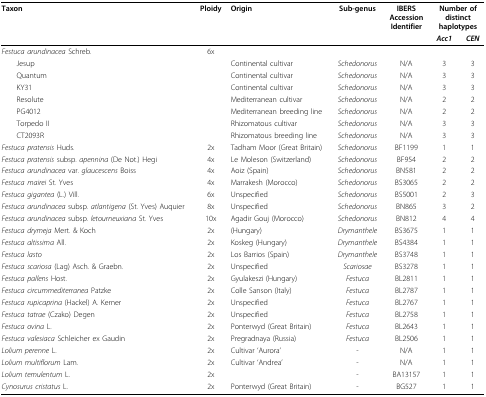
<table><thead><tr><td><b>Taxon</b></td><td><b>Ploidy</b></td><td><b>Origin</b></td><td><b>Sub-genus</b></td><td><b>IBERSAccessionIdentifier</b></td><td colspan="2"><b>Number ofdistincthaplotypes</b></td></tr><tr><td></td><td></td><td></td><td></td><td></td><td><b><i>Acc1</i></b></td><td><b><i>CEN</i></b></td></tr></thead><tbody><tr><td><i>Festuca arundinacea </i>Schreb.</td><td>6x</td><td></td><td></td><td></td><td></td><td></td></tr><tr><td> Jesup</td><td></td><td>Continental cultivar</td><td><i>Schedonorus</i></td><td>N/A</td><td>3</td><td>3</td></tr><tr><td> Quantum</td><td></td><td>Continental cultivar</td><td><i>Schedonorus</i></td><td>N/A</td><td>3</td><td>3</td></tr><tr><td> KY31</td><td></td><td>Continental cultivar</td><td><i>Schedonorus</i></td><td>N/A</td><td>3</td><td>3</td></tr><tr><td> Resolute</td><td></td><td>Mediterranean cultivar</td><td><i>Schedonorus</i></td><td>N/A</td><td>2</td><td>2</td></tr><tr><td> PG4012</td><td></td><td>Mediterranean breeding line</td><td><i>Schedonorus</i></td><td>N/A</td><td>2</td><td>2</td></tr><tr><td> Torpedo II</td><td></td><td>Rhizomatous cultivar</td><td><i>Schedonorus</i></td><td>N/A</td><td>3</td><td>3</td></tr><tr><td> CT2093R</td><td></td><td>Rhizomatous breeding line</td><td><i>Schedonorus</i></td><td>N/A</td><td>3</td><td>3</td></tr><tr><td><i>Festuca pratensis </i>Huds.</td><td>2x</td><td>Tadham Moor (Great Britain)</td><td><i>Schedonorus</i></td><td>BF1199</td><td>1</td><td>1</td></tr><tr><td><i>Festuca pratensis </i>subsp. <i>apennina </i>(De Not.) Hegi</td><td>4x</td><td>Le Moleson (Switzerland)</td><td><i>Schedonorus</i></td><td>BF954</td><td>2</td><td>2</td></tr><tr><td><i>Festuca arundinacea </i>var. <i>glaucescens </i>Boiss</td><td>4x</td><td>Aoiz (Spain)</td><td><i>Schedonorus</i></td><td>BN581</td><td>2</td><td>2</td></tr><tr><td><i>Festuca mairei </i>St. Yves</td><td>4x</td><td>Marrakesh (Morocco)</td><td><i>Schedonorus</i></td><td>BS3065</td><td>2</td><td>2</td></tr><tr><td><i>Festuca gigantea </i>(L.) Vill.</td><td>6x</td><td>Unspecified</td><td><i>Schedonorus</i></td><td>BS5001</td><td>2</td><td>3</td></tr><tr><td><i>Festuca arundinacea </i>subsp. <i>atlantigena </i>(St. Yves) Auquier</td><td>8x</td><td>Unspecified</td><td><i>Schedonorus</i></td><td>BN865</td><td>3</td><td>2</td></tr><tr><td><i>Festuca arundinacea </i>subsp. <i>letourneuxiana </i>St. Yves</td><td>10x</td><td>Agadir Gouj (Morocco)</td><td><i>Schedonorus</i></td><td>BN812</td><td>4</td><td>4</td></tr><tr><td><i>Festuca drymeja </i>Mert. &amp; Koch</td><td>2x</td><td>(Hungary)</td><td><i>Drymanthele</i></td><td>BS3675</td><td>1</td><td>1</td></tr><tr><td><i>Festuca altissima </i>All.</td><td>2x</td><td>Koskeg (Hungary)</td><td><i>Drymanthele</i></td><td>BS4384</td><td>1</td><td>1</td></tr><tr><td><i>Festuca lasto</i></td><td>2x</td><td>Los Barrios (Spain)</td><td><i>Drymanthele</i></td><td>BS3748</td><td>1</td><td>1</td></tr><tr><td><i>Festuca scariosa </i>(Lag) Asch. &amp; Graebn.</td><td>2x</td><td>Unspecified</td><td><i>Scariosae</i></td><td>BS3278</td><td>1</td><td>1</td></tr><tr><td><i>Festuca pallens </i>Host.</td><td>2x</td><td>Gyulakeszi (Hungary)</td><td><i>Festuca</i></td><td>BL2811</td><td>1</td><td>1</td></tr><tr><td><i>Festuca circummediterranea </i>Patzke</td><td>2x</td><td>Colle Sanson (Italy)</td><td><i>Festuca</i></td><td>BL2787</td><td>1</td><td>1</td></tr><tr><td><i>Festuca rupicaprina </i>(Hackel) A. Kerner</td><td>2x</td><td>Unspecified</td><td><i>Festuca</i></td><td>BL2767</td><td>1</td><td>1</td></tr><tr><td><i>Festuca tatrae </i>(Czako) Degen</td><td>2x</td><td>Unspecified</td><td><i>Festuca</i></td><td>BL2758</td><td>1</td><td>1</td></tr><tr><td><i>Festuca ovina </i>L.</td><td>2x</td><td>Ponterwyd (Great Britain)</td><td><i>Festuca</i></td><td>BL2643</td><td>1</td><td>1</td></tr><tr><td><i>Festuca valesiaca </i>Schleicher ex Gaudin</td><td>2x</td><td>Pregradnaya (Russia)</td><td><i>Festuca</i></td><td>BL2506</td><td>1</td><td>1</td></tr><tr><td><i>Lolium perenne </i>L.</td><td>2x</td><td>Cultivar &#x27;Aurora&#x27;</td><td>-</td><td>N/A</td><td>1</td><td>1</td></tr><tr><td><i>Lolium multiflorum </i>Lam.</td><td>2x</td><td>Cultivar &#x27;Andrea&#x27;</td><td>-</td><td>N/A</td><td>1</td><td>1</td></tr><tr><td><i>Lolium temulentum </i>L.</td><td>2x</td><td></td><td>-</td><td>BA13157</td><td>1</td><td>1</td></tr><tr><td><i>Cynosurus cristatus </i>L.</td><td>2x</td><td>Ponterwyd (Great Britain)</td><td>-</td><td>BG527</td><td>1</td><td>1</td></tr></tbody></table>